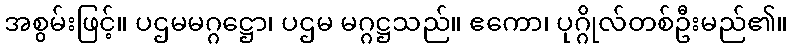
အစွမ်းဖြင့်။ ပဌမမဂ္ဂဋ္ဌော၊ ပဌမ မဂ္ဂဋ္ဌသည်။ ဧကော၊ ပုဂ္ဂိုလ်တစ်ဦးမည်၏။